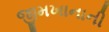
જીમખાનાની